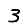
Digit: 3